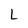
Character: L